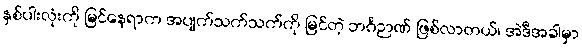
နှစ်ပါးလုံးကို မြင်နေရာက အပျက်သက်သက်ကို မြင်တဲ့ ဘင်္ဂဉာဏ် ဖြစ်လာတယ်၊ အဲဒီအခါမှာ